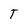
Character: T